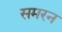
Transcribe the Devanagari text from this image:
समरन